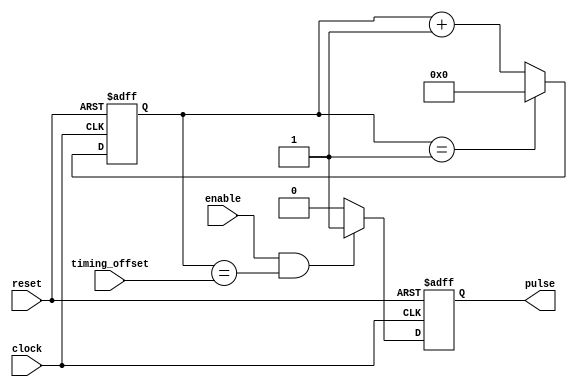
module Rising_Edge_Pulse_Generator (
    input wire clock,
    input wire reset,
    input wire enable,
    input wire [31:0] timing_offset,
    output reg pulse
);

reg [31:0] counter;

always @(posedge clock or posedge reset) begin
    if (reset) begin
        counter <= 0;
        pulse <= 0;
    end else begin
        if (enable && (counter == timing_offset)) begin
            pulse <= 1;
        end else begin
            pulse <= 0;
        end

        if (counter == 31'd1) begin
            counter <= 0;
        end else begin
            counter <= counter + 1;
        end
    end
end

endmodule